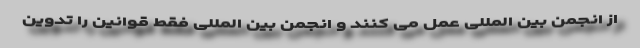
از انجمن بین المللی عمل می کنند و انجمن بین المللی فقط قوانین را تدوین